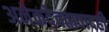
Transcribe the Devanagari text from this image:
अनेकदेवतावादही